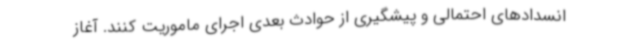
انسدادهای احتمالی و پیشگیری از حوادث بعدی اجرای ماموریت کنند. آغاز